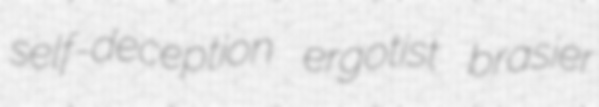
self-deception ergotist brasier